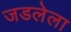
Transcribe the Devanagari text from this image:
जडलेला